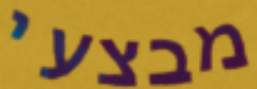
מבצעי